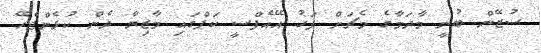
ސުޒޭން ބުނީ މާދަމާގެ މެޗަށް ފަހު އޭއެފްސީ ކަޕްގައި މާޒިޔާ ދެން ކުޅެންޖެހޭ